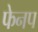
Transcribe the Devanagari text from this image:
फेनप